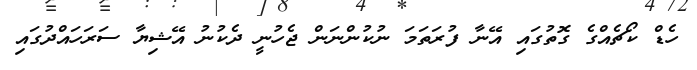
ހެޑް ކޯޗެއްގެ ގޮތުގައި އޭނާ ފުރަތަމަ ނުކުންނަން ޖެހުނީ ދެކުނު އޭޝިޔާ ސަރަހައްދުގައި